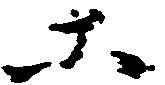
等